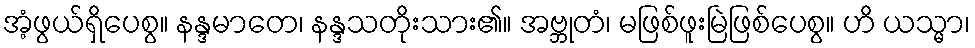
အံ့ဖွယ်ရှိပေစွ။ နန္ဒမာတေ၊ နန္ဒသတိုးသား၏။ အဗ္ဘုတံ၊ မဖြစ်ဖူးမြဲဖြစ်ပေစွ။ ဟိ ယသ္မာ၊